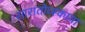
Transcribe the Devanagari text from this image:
सारातोव्स्काया